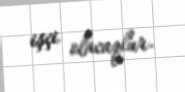
işçi olacaqlar.